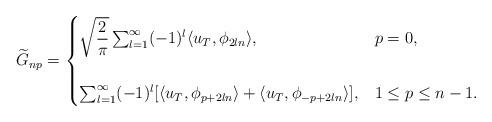
LaTeX: \begin{align*}\widetilde {G}_{np}= \begin{cases} \sqrt{\dfrac{2}{\pi}}\sum_{l=1}^\infty (-1)^ l \langle u_T, \phi_{2ln} \rangle, & p=0,\\\\\sum_{l=1}^\infty (-1)^l [ \langle u_T, \phi_{p+2ln} \rangle + \langle u_T, \phi_{-p+2ln}\rangle], & 1 \le p \le n-1.\end{cases}\end{align*}